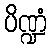
ပိဏ္ဍံ